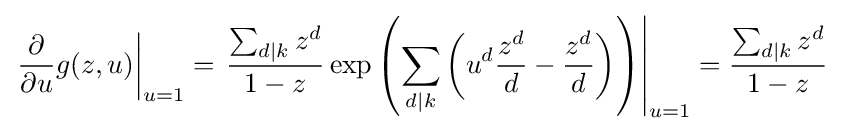
\left.{\frac {\partial }{\partial u}}g(z,u)\right|_{u=1}=\left.{\frac {\sum _{d\mid k}z^{d}}{1-z}}\exp \left(\sum _{d\mid k}\left(u^{d}{\frac {z^{d}}{d}}-{\frac {z^{d}}{d}}\right)\right)\right|_{u=1}={\frac {\sum _{d\mid k}z^{d}}{1-z}}